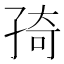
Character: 𭓊